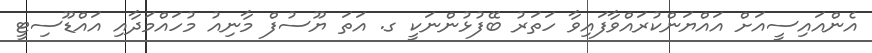
އެންއައިސީއަށް އައްޔަންކުރައްވާފައިވާ ހަތަރު ބޭފުޅުންނަކީ ގ. އަތަ ޔޫސުފް މާނިއު މުހައްމަދާއި އައްޑޫސިޓީ